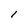
Character: l